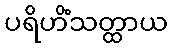
ပရိဟိံသတ္ထာယ